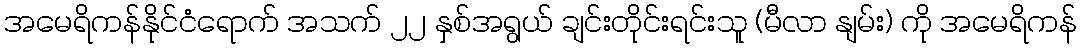
အမေရိကန်နိုင်ငံရောက် အသက် ၂၂ နှစ်အရွယ် ချင်းတိုင်းရင်းသူ (မီလာ နျမ်း) ကို အမေရိကန်